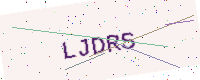
Text: LJDRS